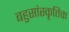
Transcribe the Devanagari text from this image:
बहुसांस्‍कृतिक